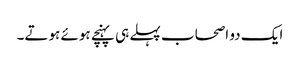
ایک دو اصحاب پہلے ہی پہنچے ہوئے ہوتے۔